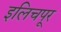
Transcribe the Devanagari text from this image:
इलिचपूर